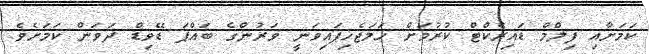
ކަމަށާއި ފިލްމް ޑައިރެކްޓް ކުރުމަށް ހަމަޖެހިފައިވަނީ ވަރުންގެ ބައްޕަ ޑޭވިޑް ދަވަން ކަމަށެވެ.